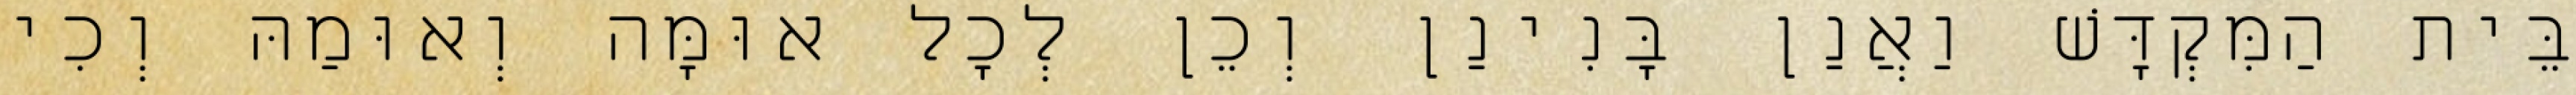
בֵּית הַמִּקְדָּשׁ וַאֲנַן בָּנִינַן וְכֵן לְכׇל אוּמָּה וְאוּמַהּ וְכִי